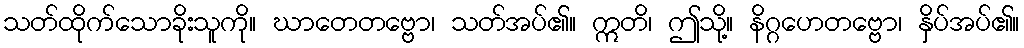
သတ်ထိုက်သောခိုးသူကို။ ဃာတေတဗ္ဗော၊ သတ်အပ်၏။ ဣတိ၊ ဤသို့။ နိဂ္ဂဟေတဗ္ဗော၊ နှိပ်အပ်၏။